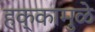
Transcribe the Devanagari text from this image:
हक्कामुळे